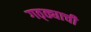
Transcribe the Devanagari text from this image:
गठ्ठ्याची